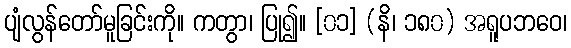
ပျံလွန်တော်မူခြင်းကို။ ကတွာ၊ ပြု၍။ [၀၁] (နိ၊ ၁၈၀) အရူပဘဝေ၊